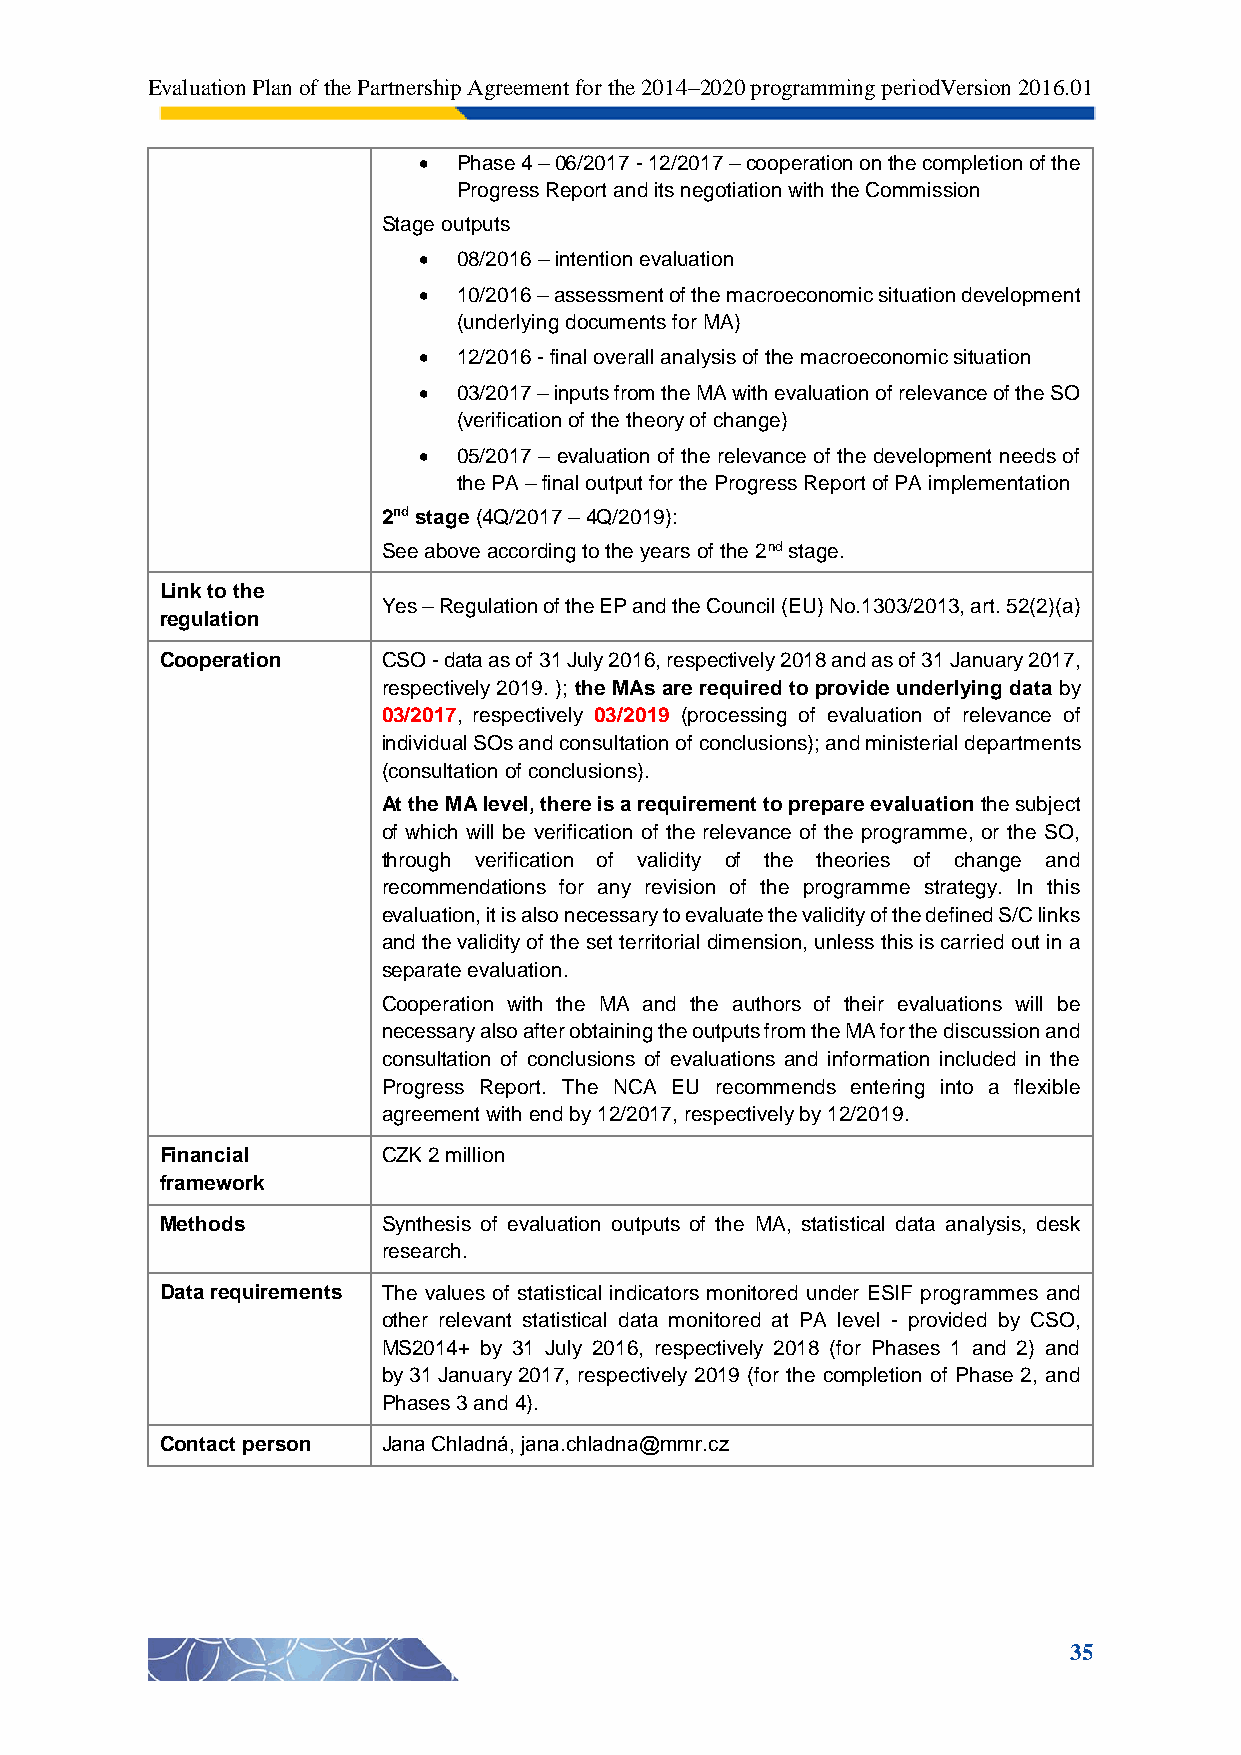
Evaluation Plan of the Partnership Agreement for the 2014–2020 programming periodVersion 2016.01
  Phase 4 – 06/2017 - 12/2017 – cooperation on the completion of the
 Progress Report and its negotiation with the Commission
 Stage outputs
  08/2016 – intention evaluation
  10/2016 – assessment of the macroeconomic situation development
 (underlying documents for MA)
  12/2016 - final overall analysis of the macroeconomic situation
  03/2017 – inputs from the MA with evaluation of relevance of the SO
 (verification of the theory of change)
  05/2017 – evaluation of the relevance of the development needs of
 the PA – final output for the Progress Report of PA implementation
 2nd stage (4Q/2017 – 4Q/2019):
 See above according to the years of the 2nd stage.
 Link to the
 Yes – Regulation of the EP and the Council (EU) No.1303/2013, art. 52(2)(a)
 regulation
 Cooperation   CSO - data as of 31 July 2016, respectively 2018 and as of 31 January 2017,
 respectively 2019. ); the MAs are required to provide underlying data by
 03/2017, respectively 03/2019 (processing of evaluation of relevance of
 individual SOs and consultation of conclusions); and ministerial departments
 (consultation of conclusions).
 At the MA level, there is a requirement to prepare evaluation the subject
 of which will be verification of the relevance of the programme, or the SO,
 through verification of validity of the theories of change and
 recommendations for any revision of the programme strategy. In this
 evaluation, it is also necessary to evaluate the validity of the defined S/C links
 and the validity of the set territorial dimension, unless this is carried out in a
 separate evaluation.
 Cooperation with the MA and the authors of their evaluations will be
 necessary also after obtaining the outputs from the MA for the discussion and
 consultation of conclusions of evaluations and information included in the
 Progress Report. The NCA EU recommends entering into a flexible
 agreement with end by 12/2017, respectively by 12/2019.
 Financial     CZK 2 million
 framework
 Methods       Synthesis of evaluation outputs of the MA, statistical data analysis, desk
 research.
 Data requirements The values of statistical indicators monitored under ESIF programmes and
 other relevant statistical data monitored at PA level - provided by CSO,
 MS2014+ by 31 July 2016, respectively 2018 (for Phases 1 and 2) and
 by 31 January 2017, respectively 2019 (for the completion of Phase 2, and
 Phases 3 and 4).
 Contact person Jana Chladná, jana.chladna@mmr.cz
 35